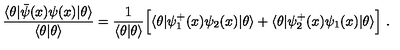
\frac { \langle \theta | \bar { \psi } ( x ) \psi ( x ) | \theta \rangle } { \langle \theta | \theta \rangle } = \frac { 1 } { \langle \theta | \theta \rangle } \Bigl [ \langle \theta | \psi _ { 1 } ^ { + } ( x ) \psi _ { 2 } ( x ) | \theta \rangle + \langle \theta | \psi _ { 2 } ^ { + } ( x ) \psi _ { 1 } ( x ) | \theta \rangle \Bigr ] \ .